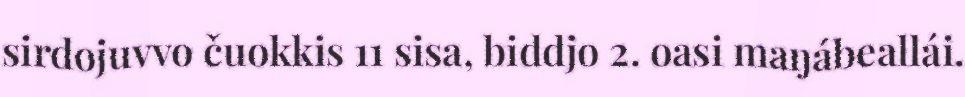
sirdojuvvo čuokkis 11 sisa, biddjo 2. oasi maŋábeallái.